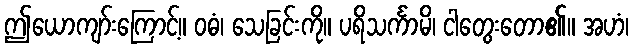
ဤယောကျာ်းကြောင့်။ ဝဓံ၊ သေခြင်းကို။ ပရိသင်္ကာမိ၊ ငါတွေးတော၏။ အဟံ၊